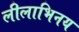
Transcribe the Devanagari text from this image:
लीलाभिनय